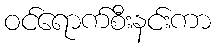
ဝင်ရောက်စီးနင်းကာ